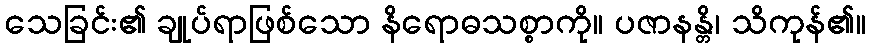
သေခြင်း၏ ချုပ်ရာဖြစ်သော နိရောဓသစ္စာကို။ ပဇာနန္တိ၊ သိကုန်၏။